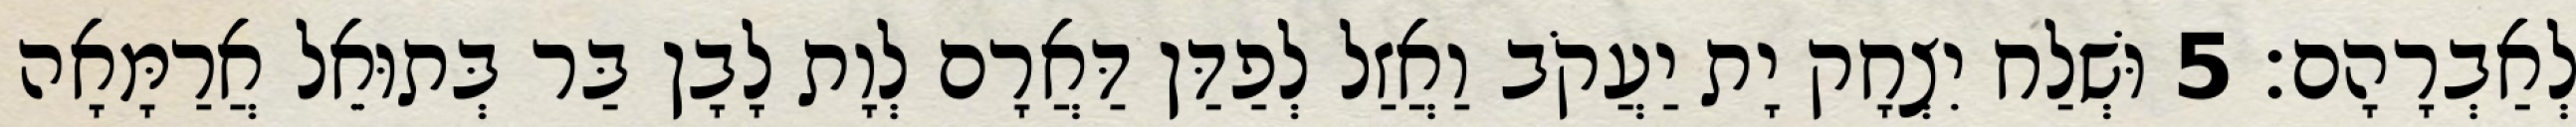
לְאַבְרָהָם׃ 5 וּשְׁלַח יִצְחָק יָת יַעֲקֹב וַאֲזַל לְפַדַּן דַּאֲרָם לְוָת לָבָן בַּר בְּתוּאֵל אֲרַמָּאָה